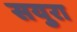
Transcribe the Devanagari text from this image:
सयुरा